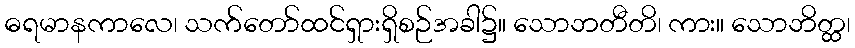
ဓရမာနကာလေ၊ သက်တော်ထင်ရှားရှိစဉ်အခါ၌။ သောဘတီတိ၊ ကား။ သောဘိတ္ထ၊